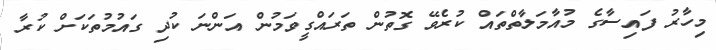
މިހާރު ފައިސާގެ މުއާމަލާތްތައް ކުރެވޭ ގޮތުން ތަރައްގީވަމުން އަންނަ ކުދި ގައުމުތަކަށް ކުރާ